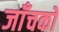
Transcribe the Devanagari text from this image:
जाँचकों